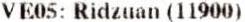
VE05: RIDZUAN (11900)